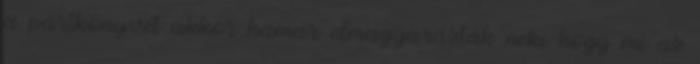
a pártkönyvét akkor hamar elmagyarázták neki hogy mi az